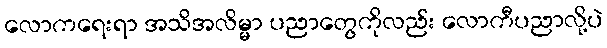
လောကရေးရာ အသိအလိမ္မာ ပညာတွေကိုလည်း လောကီပညာလို့ပဲ